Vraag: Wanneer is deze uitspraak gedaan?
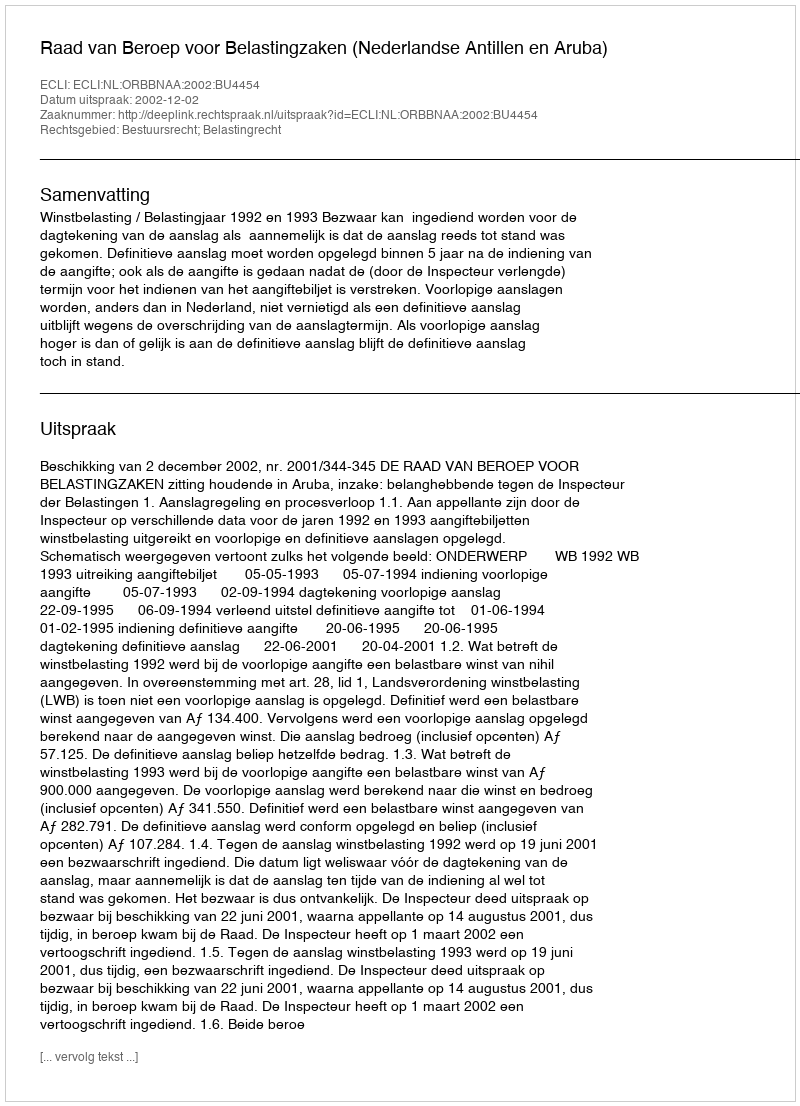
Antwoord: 2002-12-02